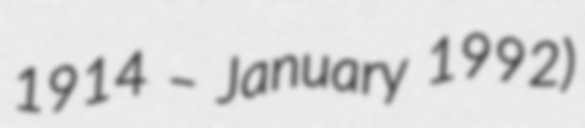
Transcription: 1914 – January 1992)